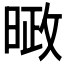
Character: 𪰱